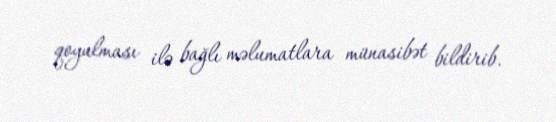
qoyulması ilə bağlı məlumatlara münasibət bildirib.